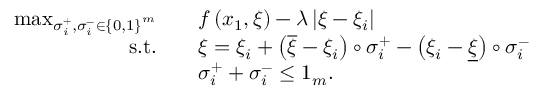
\begin{array} { r l } { \operatorname* { m a x } _ { \sigma _ { i } ^ { + } , \sigma _ { i } ^ { - } \in \left\{ 0 , 1 \right\} ^ { m } } \quad } & { f \left( x _ { 1 } , { \xi } \right) - \lambda \left\lvert \xi - { \xi } _ { i } \right\rvert } \\ { \mathrm { s . t . } \quad } & { \xi = \xi _ { i } + \left( \overline { { \xi } } - \xi _ { i } \right) \circ \sigma _ { i } ^ { + } - \left( \xi _ { i } - \underline { { \xi } } \right) \circ \sigma _ { i } ^ { - } } \\ & { \sigma _ { i } ^ { + } + \sigma _ { i } ^ { - } \leq 1 _ { m } . } \end{array}